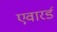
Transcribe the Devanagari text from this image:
एवारर्ड